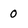
Character: 0